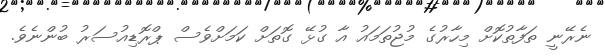
ނެރޭނީ ތަފާތުކޮށް މިހާރުގެ މުޖުތަމައު އާ ގުޅޭ ގޮތަށް ކަމަށްވެސް ޕްރޮޑިއުސަރު ބުންނެވެ.